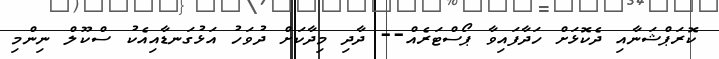
ކޮރަޕްޝަނާއި ދެކޮޅަށް ހަދާފައިވާ ޕޯސްޓަރެއް-- ދާދި މިދާކަށް ދުވަހު އަޅުގަނޑާއިއެކު ސްކޫލް ނިންމި